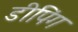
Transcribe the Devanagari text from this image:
डीपिंग